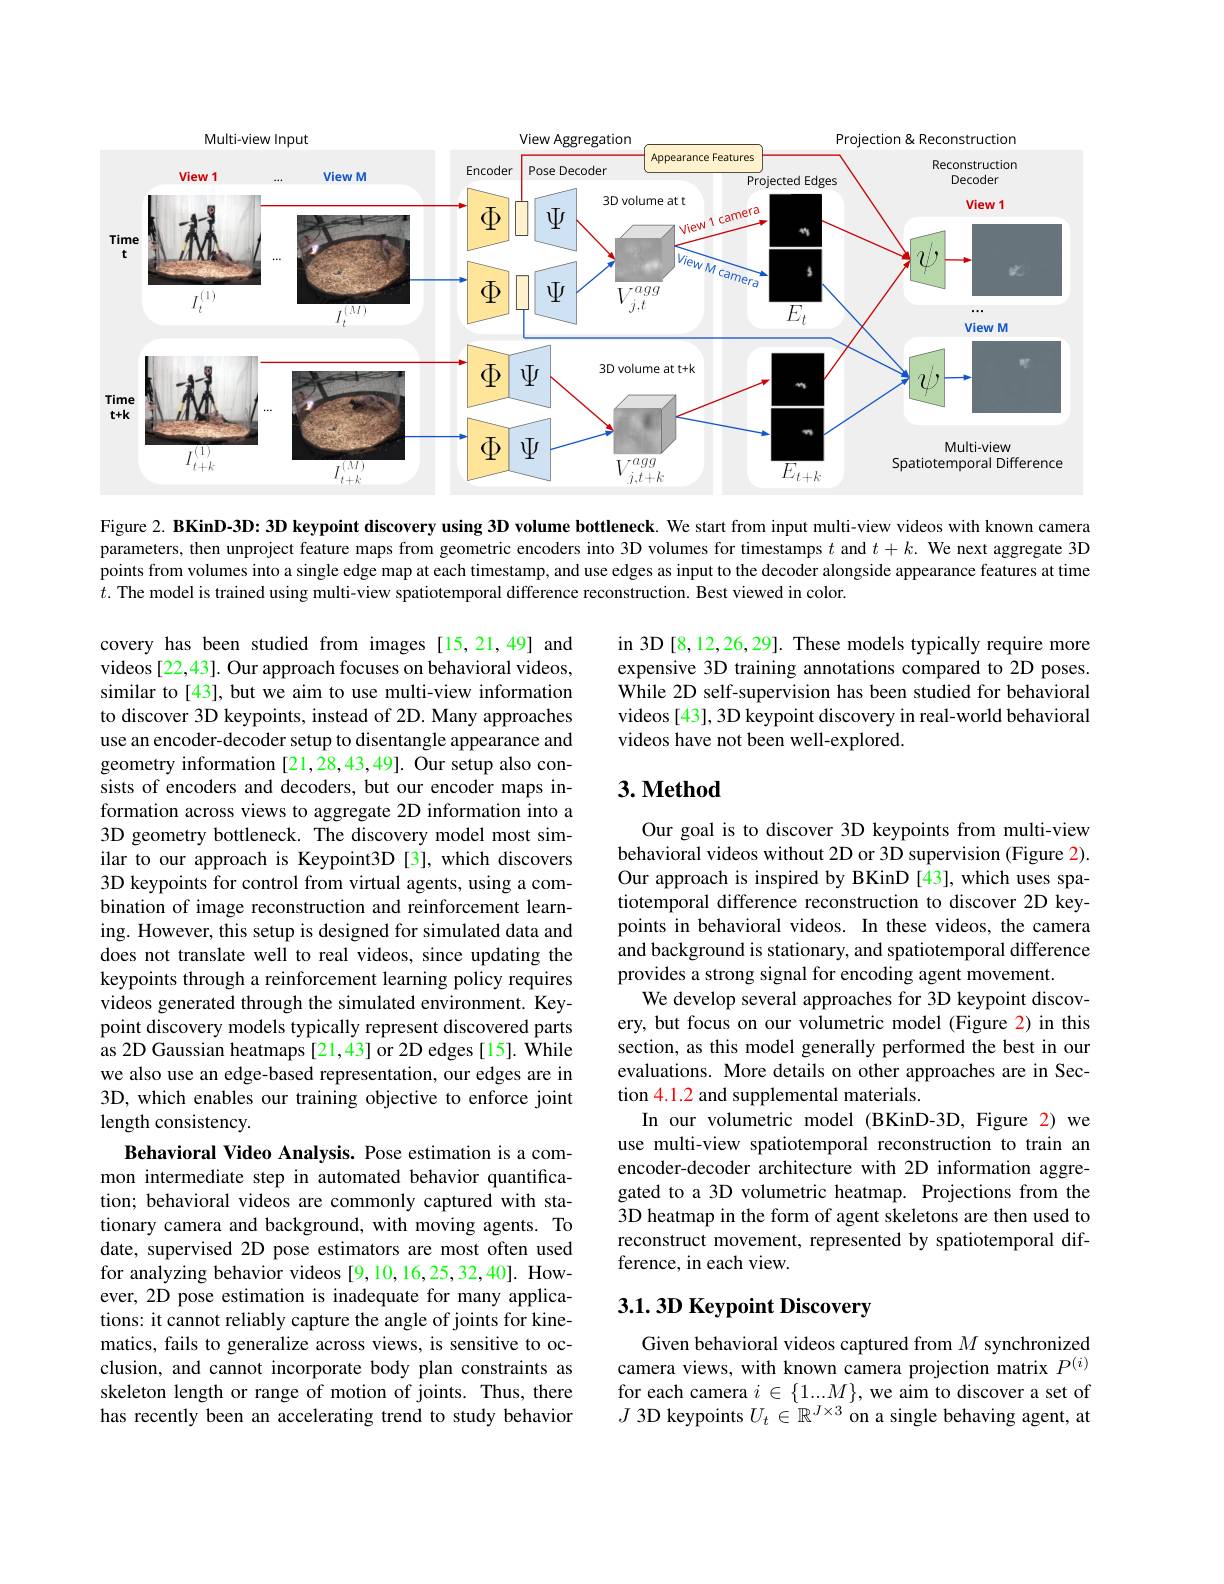
<FigureHere>

Figure 2. BKinD-3D: 3D keypoint discovery using 3D volume bottleneck. We start from input multi-view videos with known camera parameters, then unproject feature maps from geometric encoders into 3D volumes for timestamps $t$ and $t+k.$ We next aggregate 3D points from volumes into a single edge map at each timestamp, and use edges as input to the decoder alongside appearance features at time $t.$ The model is trained using multi-view spatiotemporal difference reconstruction. Best viewed in color.

in 3D [8,12,26,29]. These models typically require more expensive 3D training annotations compared to 2D poses. $\hat{\text{While 2D self-supervision has been studied for behavioral}}$ videos [43], 3D keypoint discovery in real-world behavioral videos have not been well-explored.

# 3. Method

covery has been studied from images[15,21,49] and videos [22,43]. Our approach focuses on behavioral videos, similar to [43], but we aim to use multi-view information to discover 3D keypoints, instead of 2D. Many approaches use an encoder-decoder setup to disentangle appearance and geometry information [21,28,43,49]. Our setup also consists of encoders and decoders, but our encoder maps information across views to aggregate 2D information into a 3D geometry bottleneck. The discovery model most similar to our approach is Keypoint3D[3], which discovers 3D keypoints for control from virtual agents, using a combination of image reconstruction and reinforcement learning. However, this setup is designed for simulated data and does not translate well to real videos, since updating the keypoints through a reinforcement learning policy requires videos generated through the simulated environment. Keypoint discovery models typically represent discovered parts as 2D Gaussian heatmaps [21,43] or 2D edges [15]. While we also use an edge-based representation, our edges are in 3D, which enables our training objective to enforce joint length consistency.
Behavioral Video Analysis. Pose estimation is a common intermediate step in automated behavior quantification; behavioral videos are commonly captured with stationary camera and background, with moving agents. To date, supervised 2D pose estimators are most often used for analyzing behavior videos [9,10,16,25,32,40]. However, 2D pose estimation is inadequate for many applications: it cannot reliably capture the angle of joints for kinematics, fails to generalize across views, is sensitive to occlusion, and cannot incorporate body plan constraints as skeleton length or range of motion of joints. Thus, there has recently been an accelerating trend to study behavior

Our goal is to discover 3D keypoints from multi-view behavioral videos without 2D or 3D supervision (Figure 2). Our approach is inspired by BKinD [43], which uses spatiotemporal difference reconstruction to discover 2D keypoints in behavioral videos. In these videos, the camera and background is stationary, and spatiotemporal difference provides a strong signal for encoding agent movement.
We develop several approaches for 3D keypoint discovery, but focus on our volumetric model (Figure 2) in this section, as this model generally performed the best in our evaluations. More details on other approaches are in Section 4.1.2 and supplemental materials.
In our volumetric model (BKinD-3D, Figure 2) we use multi-view spatiotemporal reconstruction to train an encoder-decoder architecture with 2D information aggregated to a 3D volumetric heatmap. Projections from the 3D heatmap in the form of agent skeletons are then used to reconstruct movement, represented by spatiotemporal difference, in each view.

# 3.1. 3D Keypoint Discovery

Given behavioral videos captured from $M$ synchronized camera views, with known camera projection matrix $P^{(i)}$ $\begin{array}{l}\text{for each camera }i\in\{1...M\},\text{we aim to discover a set of}\\J\text{ 3D keypoints }U_t\in\mathbb{R}^{J\times3}\text{ on a single behaving agent, at}\end{array}$